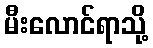
မီးလောင်ရာသို့